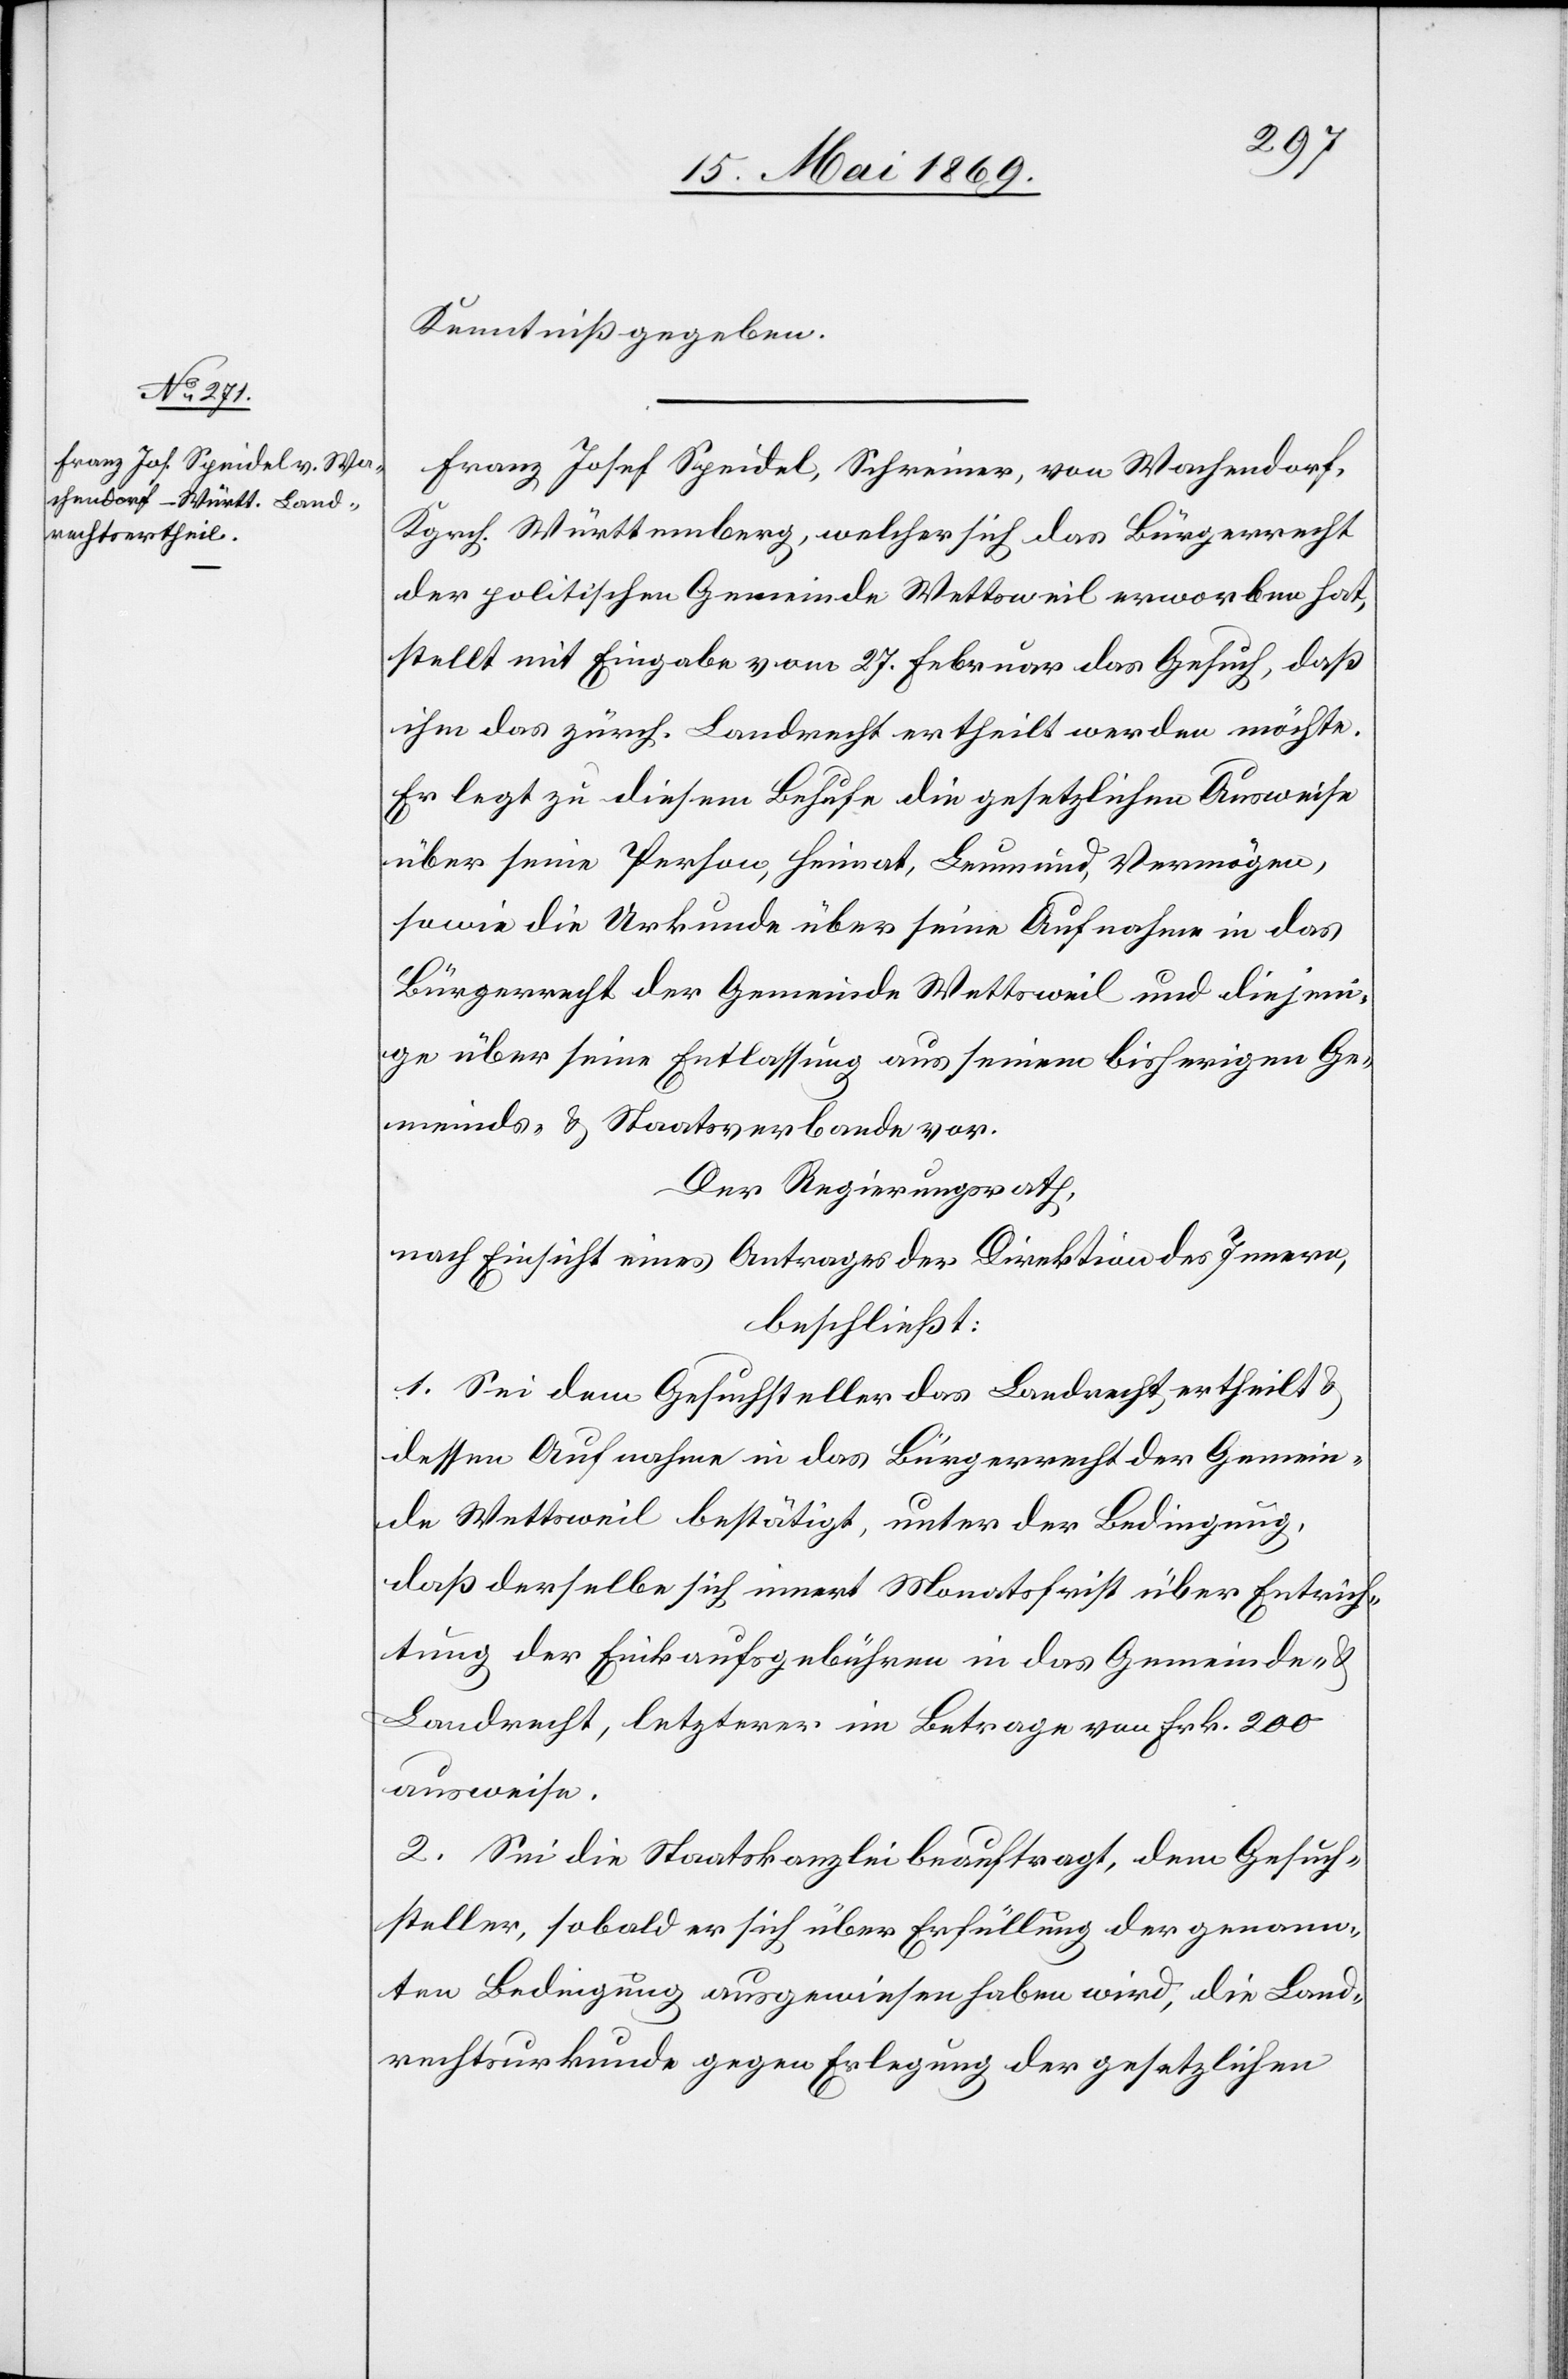
Kenntniß gegeben.
Franz Josef Speidel, Schreiner, von Wachendorf,
Kgrch. Württemberg, welcher sich das Bürgerrecht
der politischen Gemeinde Wettsweil erworben hat,
stellt mit Eingabe vom 27. Februar das Gesuch, daß
ihm das zürch. Landrecht ertheilt werden möchte.
Er legt zu diesem Behufe die gesetzlichen Ausweise
über seine Person, Heimat, Leumund, Vermögen,
sowie die Urkunde über seine Aufnahme in das
Bürgerrecht der Gemeinde Wettsweil und diejeni¬
ge über seine Entlassung aus seinem bisherigen Ge¬
meinds- u. Staatsverbande vor.
Der Regierungsrath,
nach Einsicht eines Antrages der Direktion des Innern,
beschließt:
1. Sei dem Gesuchsteller das Landrecht ertheilt u.
dessen Aufnahme in das Bürgerrecht der Gemein¬
de Wettsweil bestätigt, unter der Bedingung,
daß derselbe sich innert Monatsfrist über Entrich¬
tung der Einkaufsgebühren in das Gemeinde- u.
Landrecht, letzterer im Betrage von Frk. 200
ausweise.
2. Sei die Staatskanzlei beauftragt, dem Gesuch¬
steller, sobald er sich über Erfüllung der genann¬
ten Bedingung ausgewiesen haben wird, die Land¬
rechtsurkunde gegen Erlegung der gesetzlichen